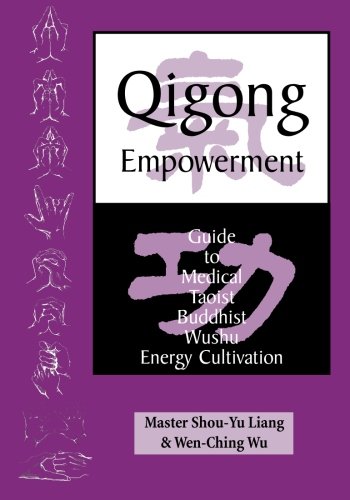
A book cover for Qigong Empowerment: A Guide to Medical, Taoist, Buddhist and Wushu Energy Cultivation; Master Shou-Yu Liang; Health, Fitness & Dieting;